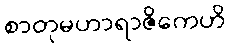
စာတုမဟာရာဇိကေဟိ